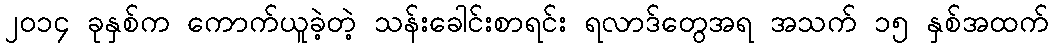
၂၀၁၄ ခုနှစ်က ကောက်ယူခဲ့တဲ့ သန်းခေါင်းစာရင်း ရလာဒ်တွေအရ အသက် ၁၅ နှစ်အထက်